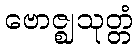
ဗောဇ္ဈသုတ္တံ